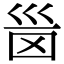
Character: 𡿸